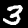
Digit: 3